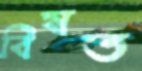
বিষত